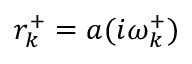
r _ { k } ^ { + } = a ( i \omega _ { k } ^ { + } )